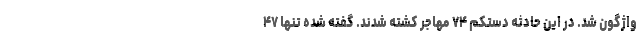
واژگون شد. در این حادثه دستکم ۷۴ مهاجر کشته شدند. گفته شده تنها ۴۷